Indian Civil Veterinary Department memoirs
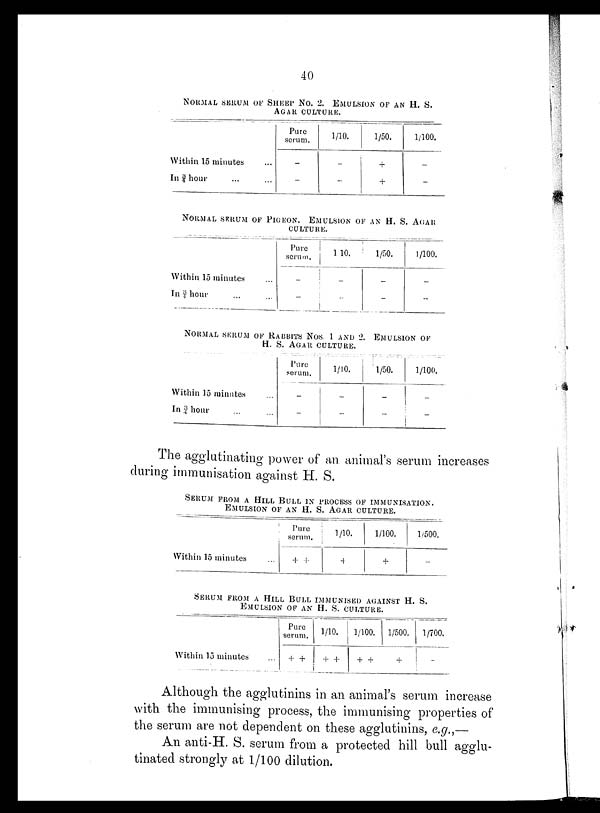
40
NORMAL SERUM OF SHEEP NO. 2. EMULSION OF AN H. S.
AGAR CULTURE.
Within 15 minutes ...
In ¾ hour ... ...
Pure
serum.
-
-
1/10.
-
-
1/50.
+
+
1/100.
-
-
NORMAL SERUM OF PIGEON. EMULSION OF AN H. S. AGAR
CULTURE.
Within 15 minutes ...
In ¾ hour ... ...
Pure
serum.
-
-
1 10.
-
-
1/50.
-
-
1/100.
-
-
NORMAL SERUM OF RABBITS Nos. 1 AND 2.
EMULSION OF
H. S. AGAR CULTURE.
Within 15 minutes ...
In ¾ hour ... ...
Pure
serum.
-
-
1/10.
-
-
1/50.
-
-
1/100.
-
-
The agglutinating power of an animal's serum increases
during immunisation against H. S.
SERUM FROM A HILL BULL IN PROCESS OF IMMUNISATION.
EMULSION OF AN H. S. AGAR CULTURE.
Within 15 minutes ...
Pure
serum.
+ +
1/10.
4
1/100.
+
1/500.
-
SERUM FROM A HILL BULL IMMUNISED AGAINST H. S.
EMULSION OF AN H. S. CULTURE.
Within 15 minutes ...
Pure
serum.
+ +
1/10.
+ +
1/100.
+ +
1/500.
+
1/700.
-
Although the agglutinins in an animal's serum increase
with the immunising process, the immunising properties of
the serum are not dependent on these agglutinins, e.g.,—
An anti-H. S. serum from a protected hill bull agglu-
tinated strongly at 1/100 dilution.